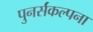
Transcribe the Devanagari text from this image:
पुनर्संकल्पना